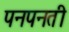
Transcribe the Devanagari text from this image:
पनपनती